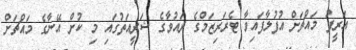
އަރީފު މައްޗަށް އުފުލާފައިވާ ޓެރަރިޒަމްގެ ދައުވާގެ ޝަރީއަތުގައި މި ކުށް އޭނާގެ މައްޗަށް